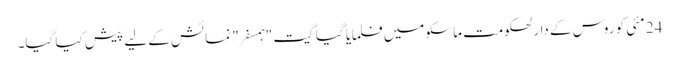
24 مئی کو روس کے دارلحکومت ماسکو میں فلمایا گیا گیت "ہمسفر" نمائش کے لیے پیش کیا گیا۔